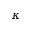
\kappa